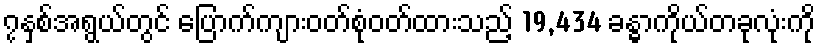
၇နှစ်အရွယ်တွင် ပြောက်ကျားဝတ်စုံဝတ်ထားသည့် 19,434 ခန္ဓာကိုယ်တခုလုံးကို